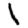
Digit: 1